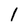
Character: 1